65_HS1-834228961_62-HQ-83894_Section_7
Agency: FBI
Page 76
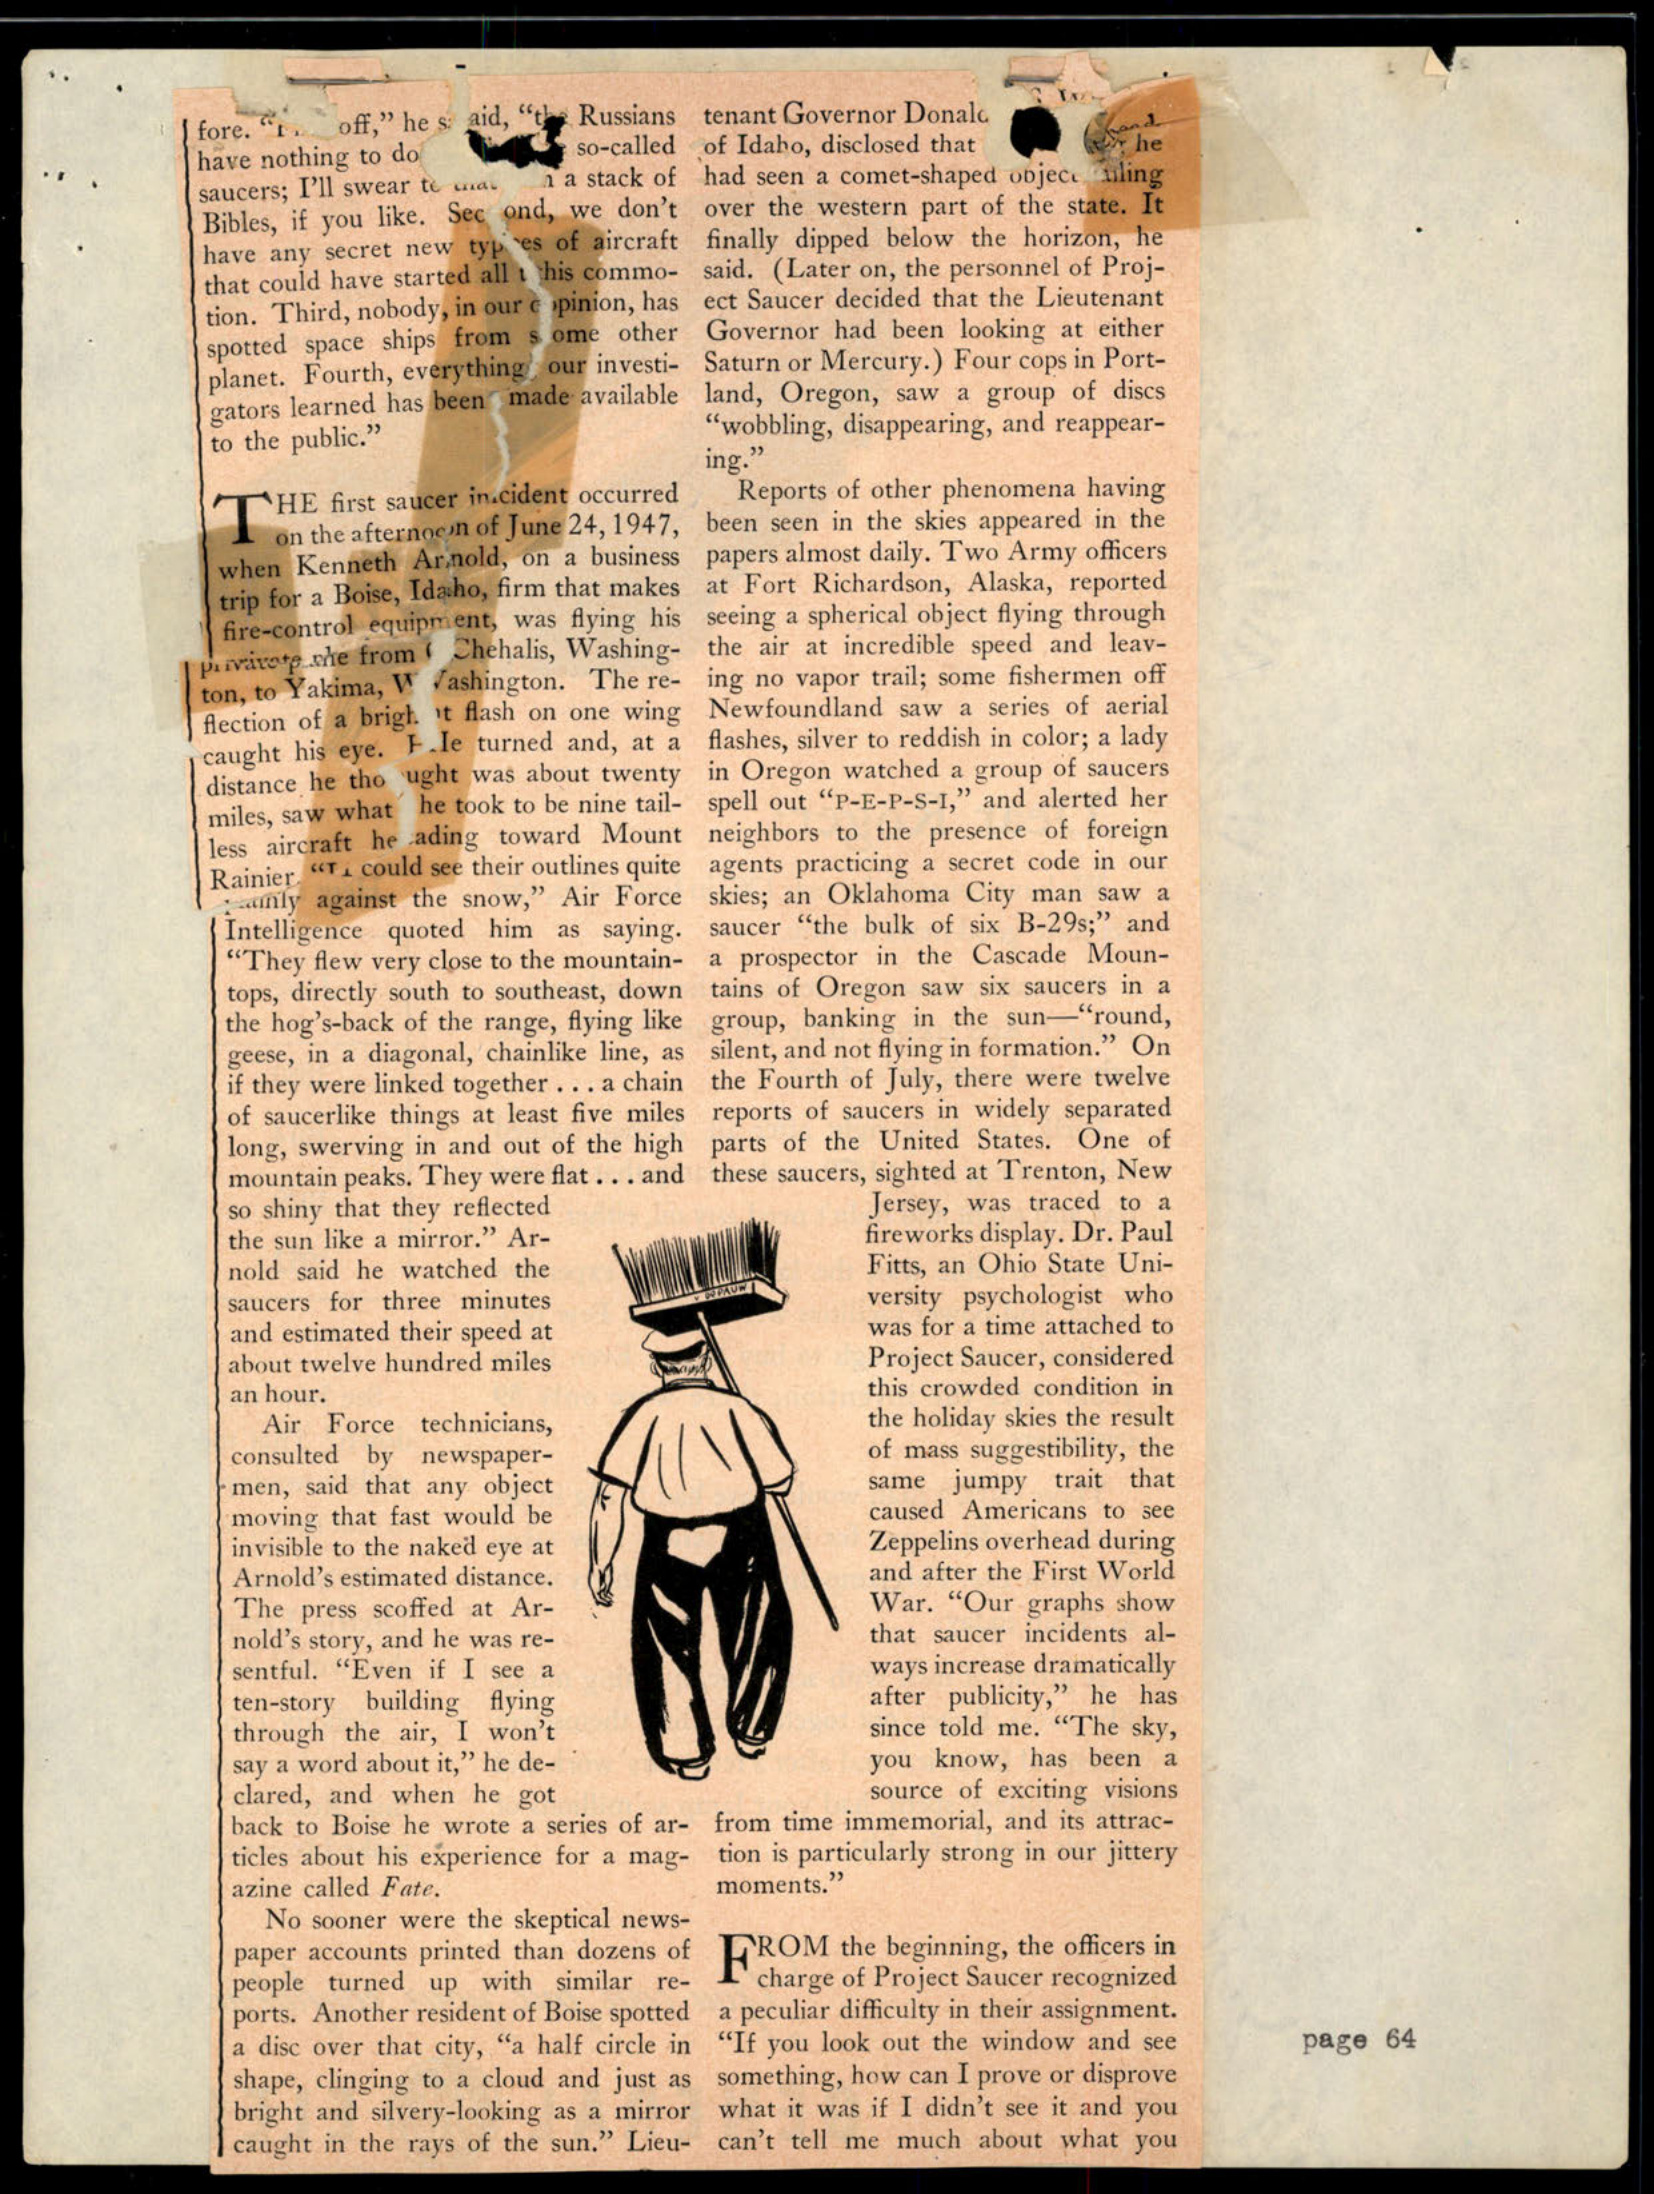